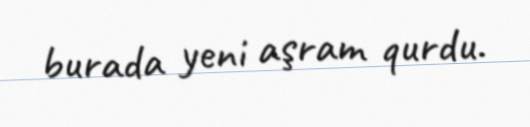
burada yeni aşram qurdu.